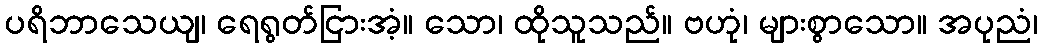
ပရိဘာသေယျ၊ ရေရွတ်ငြားအံ့။ သော၊ ထိုသူသည်။ ဗဟုံ၊ များစွာသော။ အပုညံ၊